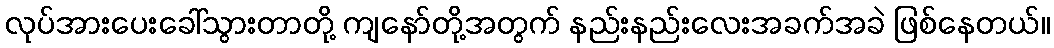
လုပ်အားပေးခေါ်သွားတာတို့ ကျနော်တို့အတွက် နည်းနည်းလေးအခက်အခဲ ဖြစ်နေတယ်။